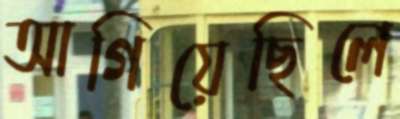
আগিয়েছিলে